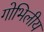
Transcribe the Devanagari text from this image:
गोभिलीय